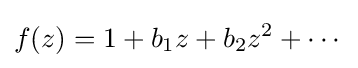
f(z)=1+b_{1}z+b_{2}z^{2}+\cdots